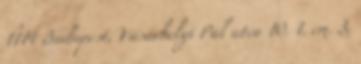
1114 Budapest, Vásárhelyi Pál utca 10. 1. em. 3,